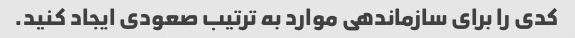
کدی را برای سازماندهی موارد به ترتیب صعودی ایجاد کنید.